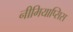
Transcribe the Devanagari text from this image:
नीमियाप्सिस